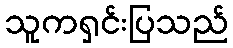
သူကရှင်းပြသည်